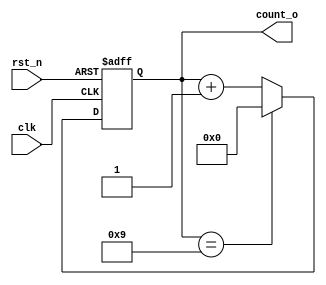
module counter(clk,rst_n,count_o);
    input clk,rst_n;
    output reg[3:0] count_o;
    
    reg[3:0] count_next;
    
    always @(posedge clk,negedge rst_n)
        begin
            if(!rst_n)
                count_o<=0;
            else
                count_o<=count_next;
        end
    
    always @(*)
        begin
            if(count_o==4'b1001)
                count_next<=0;
            else
                count_next<=count_o+1;
        end
endmodule